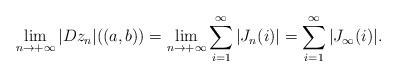
LaTeX: \begin{align*}\lim_{n\to +\infty}|Dz_{n}|((a,b))=\lim_{n\to +\infty}\sum_{i=1}^{\infty}|J_{n}(i)|=\sum_{i=1}^{\infty}|J_{\infty}(i)|.\end{align*}